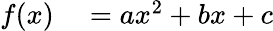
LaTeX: \begin{array}{rl}{f(x)}&{{}=ax^{2}+bx+c}\end{array}